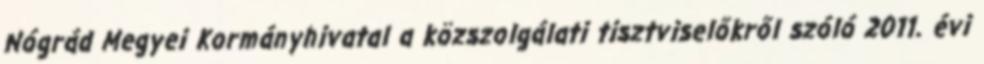
Nógrád Megyei Kormányhivatal a közszolgálati tisztviselőkről szóló 2011. évi